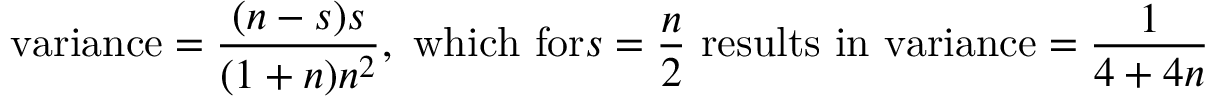
{ \mathrm { v a r i a n c e } } = { \frac { ( n - s ) s } { ( 1 + n ) n ^ { 2 } } } , { \mathrm { ~ w h i c h ~ f o r } } s = { \frac { n } { 2 } } { \mathrm { ~ r e s u l t s ~ i n ~ v a r i a n c e } } = { \frac { 1 } { 4 + 4 n } }